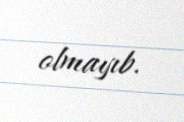
olmayıb.